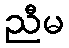
ညီမ